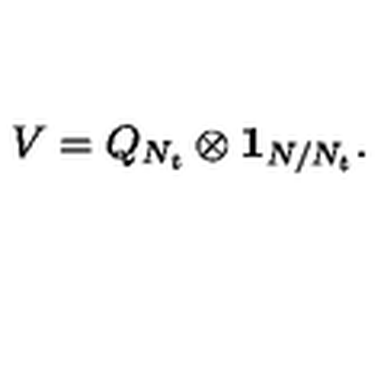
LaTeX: V = Q _ { N _ { t } } \otimes { \bf 1 } _ { N / N _ { t } } .